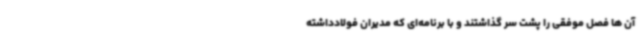
آن ها فصل موفقی را پشت سر گذاشتند و با برنامه‌ای که مدیران فولادداشته